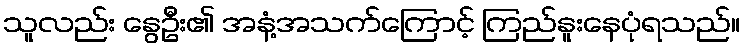
သူလည်း နွေဦး၏ အနံ့အသက်ကြောင့် ကြည်နူးနေပုံရသည်။